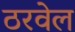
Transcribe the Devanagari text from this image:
ठरवेल